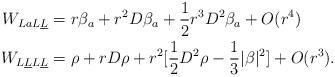
LaTeX: \begin{align*} W_{LaL\underline L}&= r \beta_a +r^2 D\beta_a +\frac{1}{2} r^3 D^2\beta_a+O(r^4) \\ W_{L\underline LL\underline L } &=\rho + r D \rho+r^2 [ \frac{1}{2} D^2 \rho -\frac{1}{3} |\beta|^2]+O(r^3). \end{align*}